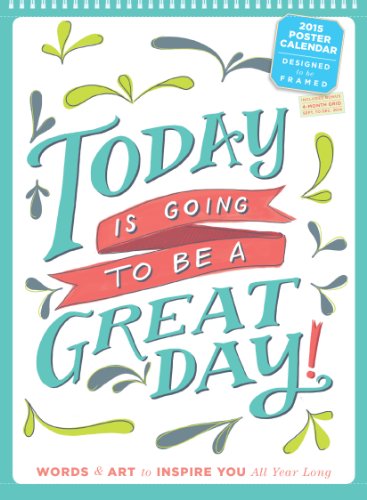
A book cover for Today is Going To Be A Great Day! 2015 Poster Calendar; Workman Publishing; Calendars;